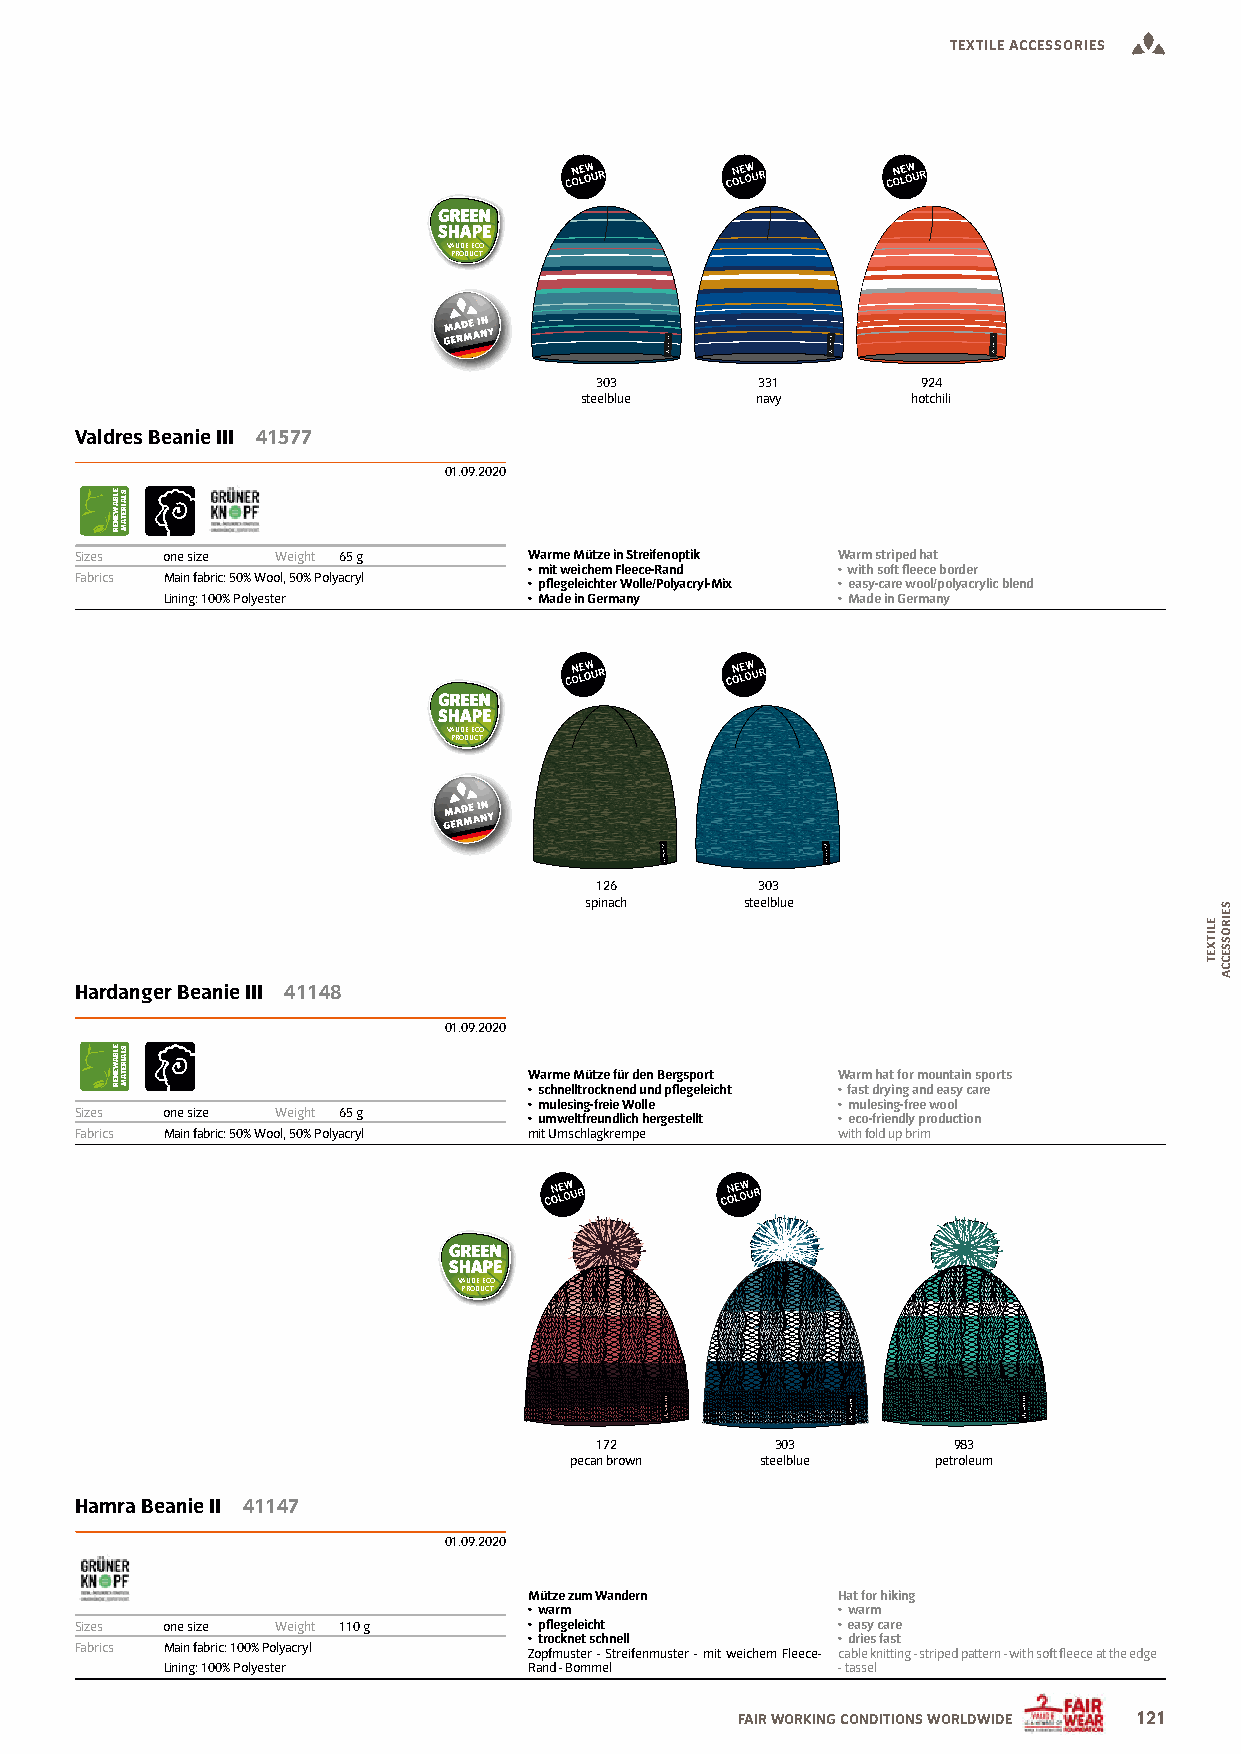
TEXTILE ACCESSORIES
 VAUDE ECO
 PRODUCT
 303        331        924
 steelblue   navy      hotchili
 Valdres Beanie III 41577
 01.09.2020
 Sizes one size Weight 65 g    Warme Mütze in Streifenoptik Warm striped hat
 • mit weichem Fleece-Rand • with soft leece border
 Fabrics Main fabric: 50% Wool, 50% Polyacryl • plegeleichter Wolle/Polyacryl-Mix • easy-care wool/polyacrylic blend
 Lining: 100% Polyester  • Made in Germany   • Made in Germany
 VAUDE ECO
 PRODUCT
 126        303
 spinach   steelblue
 Hardanger Beanie III 41148
 01.09.2020
 Warme Mütze für den Bergsport Warm hat for mountain sports
 • schnelltrocknend und plegeleicht • fast drying and easy care
 • mulesing-freie Wolle • mulesing-free wool
 Sizes one size Weight 65 g
 • umweltfreundlich hergestellt • eco-friendly production
 Fabrics Main fabric: 50% Wool, 50% Polyacryl mit Umschlagkrempe with fold up brim
 VAUDE ECO
 PRODUCT
 172         303         983
 pecan brown steelblue   petroleum
 Hamra Beanie II 41147
 01.09.2020
 Mütze zum Wandern   Hat for hiking
 • warm              • warm
 Sizes one size Weight 110 g   • plegeleicht       • easy care
 • trocknet schnell  • dries fast
 Fabrics Main fabric: 100% Polyacryl Zopfmuster - Streifenmuster - mit weichem Fleece- cable knitting - striped pattern - with soft leece at the edge
 Lining: 100% Polyester  Rand - Bommel       - tassel
 FAIR WORKING CONDITIONS WORLDWIDE 121
 ELBAWENER
 ELBAWENER
 SLAIRETAM
 SLAIRETAM
 ELITXET
 SEIROSSECCA